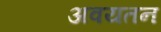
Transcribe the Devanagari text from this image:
अवयतन